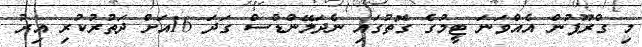
މި ގްރޫޕުން އެއްވަނަ ޓީމުގެ ގޮތުގައި ނެދަލޭންޑްސް ގަދަ 16އަށް ދަތުރުކުރި އިރު